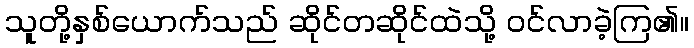
သူတို့နှစ်ယောက်သည် ဆိုင်တဆိုင်ထဲသို့ ဝင်လာခဲ့ကြ၏။